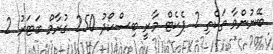
ބޭނުންވާ ތަކެތި 2 ޕެކެޓް މާރީ ބިސްކޯދު 250 ގުރާމް ބަޓަރު 2